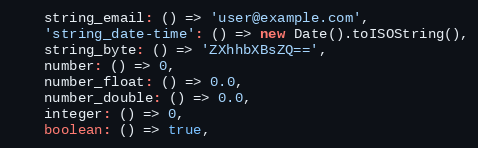
Language: JavaScript
    string_email: () => 'user@example.com',
    'string_date-time': () => new Date().toISOString(),
    string_byte: () => 'ZXhhbXBsZQ==',
    number: () => 0,
    number_float: () => 0.0,
    number_double: () => 0.0,
    integer: () => 0,
    boolean: () => true,